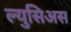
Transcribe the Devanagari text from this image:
ल्युसिअस